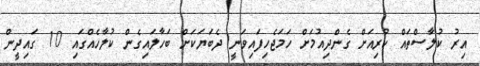
އިރު ކުލާސްތައް ކުރިއަށް ގެންދިއުމަށް ހަމަޖެހިފައިވަނީ ދެބަޔަކަށް ބަހާލައިގެން ކުލާހެއްގައި 10 ގައިދީން